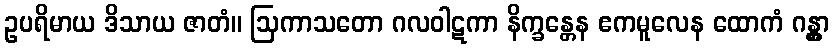
ဥပရိမာယ ဒိသာယ ဇာတံ။ ဩကာသတော ဂလဝါဋကာ နိက္ခန္တေန ဧကမူလေန ထောကံ ဂန္တွာ